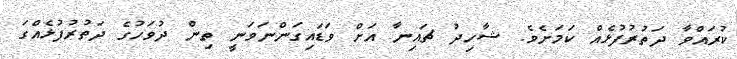
ކުރައްވާ ދަތުރުފުޅެއް ކަމަށެވެ. ޝާހިދު ޗައިނާ އަށް ވަޑައިގަންނަވަނީ ތިން ދުވަހުގެ ދަތުރުފުޅެއްގަ